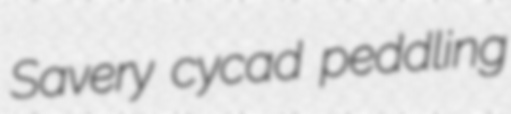
Savery cycad peddling